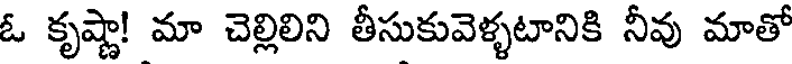
ఓ కృష్ణా! మా చెల్లిలిని తీసుకువెళ్ళటానికి నీవు మాతో